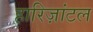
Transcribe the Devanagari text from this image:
हारिज़ांटल